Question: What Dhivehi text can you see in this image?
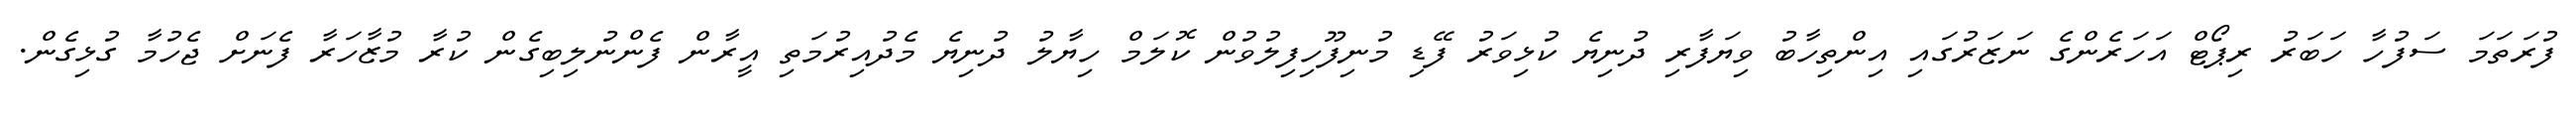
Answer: ފުރަތަމަ ސަފުހާ ހަބަރު ރިޕޯޓް އަހަރެންގެ ނަޒަރުގައި އިންތިހާބު ވިޔަފާރި ދުނިޔެ ކުޅިވަރު ފޭޑި މުނިފޫހިފިލުވުން ކޮލަމް ހިޔާލު ދުނިޔެ މެދުއިރުމަތި އީރާން ފެންނުލިބިގެން ކުރާ މުޒާހަރާ ފެނަށް ޖެހުމާ ގުޅިގެން.